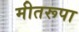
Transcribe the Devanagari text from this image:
मीतरूपा